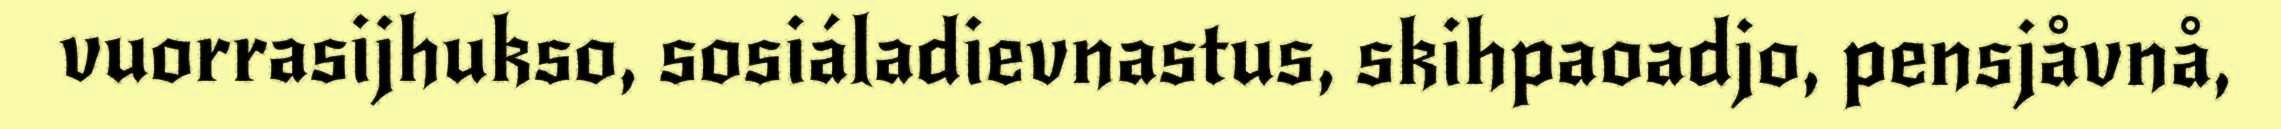
vuorrasijhukso, sosiáladievnastus, skihpaoadjo, pensjåvnå,